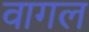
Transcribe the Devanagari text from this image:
वागल